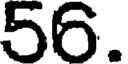
56.